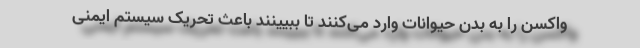
واکسن را به بدن حیوانات وارد می‌کنند تا ببیینند باعث تحریک سیستم ایمنی